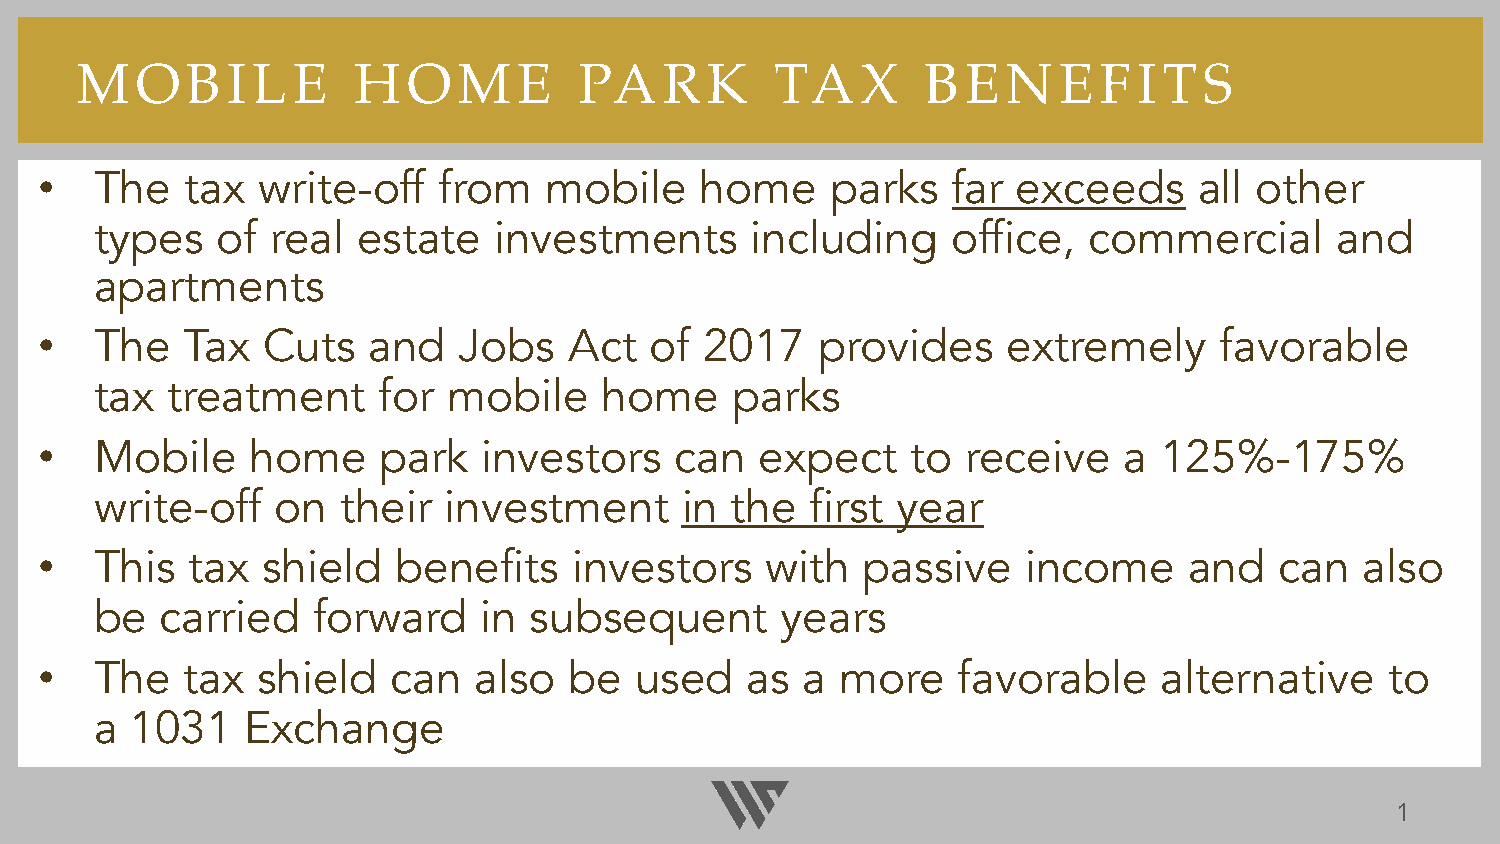
MO     B  I L E   H   O  ME      PARK         TAX       B  E  N  E  FI  TS
 •
 The   tax  write-off   from   mobile    home     parks   far exceeds     all other
 types   of  real  estate   investments      including    office,  commercial      and
 apartments
 •
 The   Tax  Cuts   and   Jobs    Act  of  2017   provides     extremely     favorable
 tax  treatment     for  mobile    home    parks
 •
 Mobile     home    park   investors    can  expect    to  receive   a  125%-175%
 write-off   on   their investment      in the   first year
 •
 This   tax shield   benefits    investors    with  passive    income     and   can  also
 be   carried   forward    in subsequent       years
 •
 The   tax  shield   can  also   be  used   as  a  more   favorable     alternative    to
 a  1031   Exchange
 1